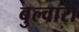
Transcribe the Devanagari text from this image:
बुल्वारा